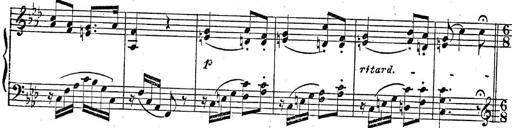
Title: 2 Sonatinas, Op.8
Composer: Hermann Goetz